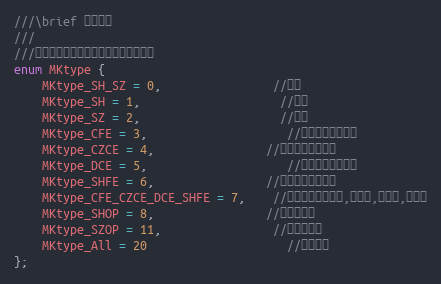
Language: C
///\brief 市场类型
///
///用于全市场订阅函数中指定市场类型。
enum MKtype {
	MKtype_SH_SZ = 0,				//沪深
	MKtype_SH = 1,					//沪市
	MKtype_SZ = 2,					//深市
	MKtype_CFE = 3,					//期货市场：中金所
	MKtype_CZCE = 4,				//期货市场：郑商所
	MKtype_DCE = 5,					//期货市场：大商所
	MKtype_SHFE = 6,				//期货市场：上期所
	MKtype_CFE_CZCE_DCE_SHFE = 7,	//期货市场：中金所,郑商所,大商所,上期所
	MKtype_SHOP = 8,				//上交所期权
	MKtype_SZOP = 11,				//深交所期权
	MKtype_All = 20					//全部市场
};